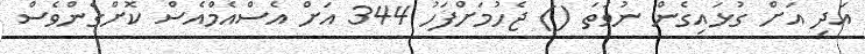
އަދި އަށް ގުޅައިގެން ނުވަތަ () ޖެހުމަށްފަހު 344 އަށް އެސްއެމްއެސް ކޮށްގެންވެސް